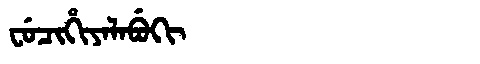
Manchu: ᠸᡠᠴᡳᡥᡳᠶᠠᠯᠠᠪᡠᡴᡳ
Romanization: FUCIHIYALABUKI